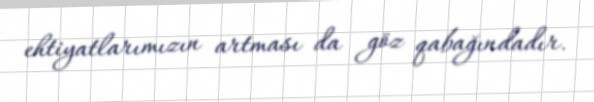
ehtiyatlarımızın artması da göz qabağındadır.